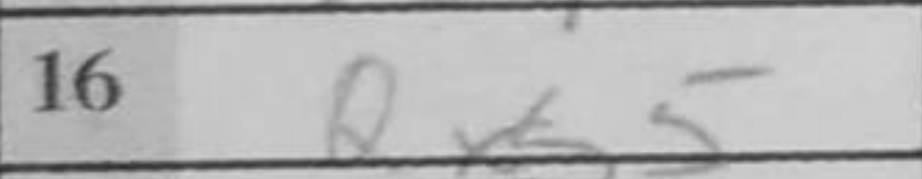
Transcription: Qxb5